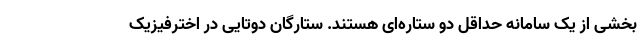
بخشی از یک سامانه حداقل دو ستاره‌ای هستند. ستارگان دوتایی در اخترفیزیک